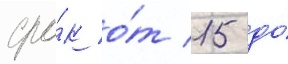
сро́к о́т 15 до́